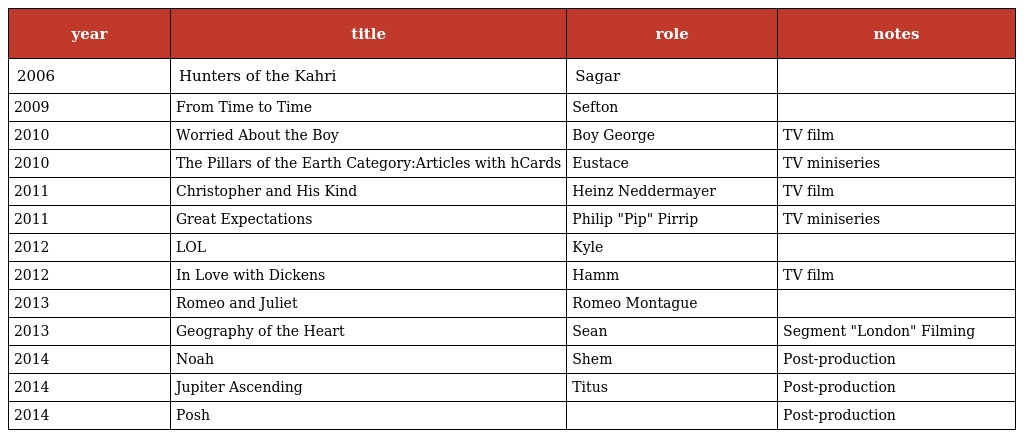
| year | title | role | notes |
 | --- | --- | --- | --- |
 | 2006 | Hunters of the Kahri | Sagar |  |
 | 2009 | From Time to Time | Sefton |  |
 | 2010 | Worried About the Boy | Boy George | TV film |
 | 2010 | The Pillars of the Earth Category:Articles with hCards | Eustace | TV miniseries |
 | 2011 | Christopher and His Kind | Heinz Neddermayer | TV film |
 | 2011 | Great Expectations | Philip "Pip" Pirrip | TV miniseries |
 | 2012 | LOL | Kyle |  |
 | 2012 | In Love with Dickens | Hamm | TV film |
 | 2013 | Romeo and Juliet | Romeo Montague |  |
 | 2013 | Geography of the Heart | Sean | Segment "London" Filming |
 | 2014 | Noah | Shem | Post-production |
 | 2014 | Jupiter Ascending | Titus | Post-production |
 | 2014 | Posh |  | Post-production |